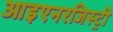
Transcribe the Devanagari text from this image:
आइएनरजिस्ट्री